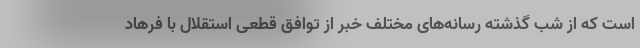
است که از شب گذشته رسانه‌های مختلف خبر از توافق قطعی استقلال با فرهاد